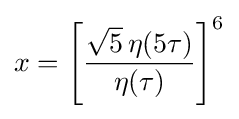
x=\left[{\frac {{\sqrt {5}}\,\eta (5\tau )}{\eta (\tau )}}\right]^{6}